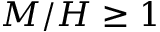
M / H \geq 1